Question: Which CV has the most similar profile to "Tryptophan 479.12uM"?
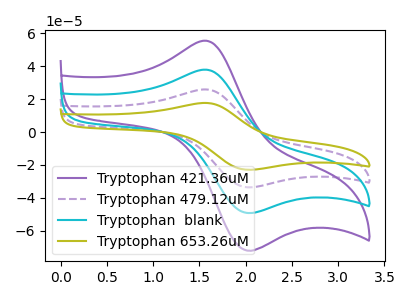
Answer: <think>The purple curve "Tryptophan 421.36uM" has an anodic peak at (1.55V, 55.50uA) and a cathodic peak at (2.00V, -71.60uA). The purple dashed curve "Tryptophan 479.12uM" has an anodic peak at (1.55V, 75.80uA) and a cathodic peak at (2.00V, -97.80uA). The cyan curve "Tryptophan  blank" has an anodic peak at (1.55V, 37.90uA) and a cathodic peak at (2.00V, -48.90uA). The olive curve "Tryptophan 653.26uM" has an anodic peak at (1.55V, 113.70uA) and a cathodic peak at (2.00V, -146.70uA).
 All the peaks in "Tryptophan 421.36uM" have a peak in "Tryptophan 479.12uM" at the same potential. Every peak in "Tryptophan 421.36uM" is lower than every peak in "Tryptophan 479.12uM". All the peaks in "Tryptophan 421.36uM" have a peak in "Tryptophan  blank" at the same potential. Every peak in "Tryptophan 421.36uM" is higher than every peak in "Tryptophan  blank". All the peaks in "Tryptophan 421.36uM" have a peak in "Tryptophan 653.26uM" at the same potential. Every peak in "Tryptophan 421.36uM" is lower than every peak in "Tryptophan 653.26uM". All the peaks in "Tryptophan 479.12uM" have a peak in "Tryptophan  blank" at the same potential. Every peak in "Tryptophan 479.12uM" is higher than every peak in "Tryptophan  blank". All the peaks in "Tryptophan 479.12uM" have a peak in "Tryptophan 653.26uM" at the same potential. Every peak in "Tryptophan 479.12uM" is lower than every peak in "Tryptophan 653.26uM". All the peaks in "Tryptophan  blank" have a peak in "Tryptophan 653.26uM" at the same potential. Every peak in "Tryptophan  blank" is lower than every peak in "Tryptophan 653.26uM".</think>
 <answer>"Tryptophan 479.12uM", "Tryptophan  blank" and "Tryptophan 653.26uM" have a similar shape to "Tryptophan 421.36uM".</answer>
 <eval>"Tryptophan 479.12uM" "Tryptophan  blank" "Tryptophan 653.26uM"</eval>